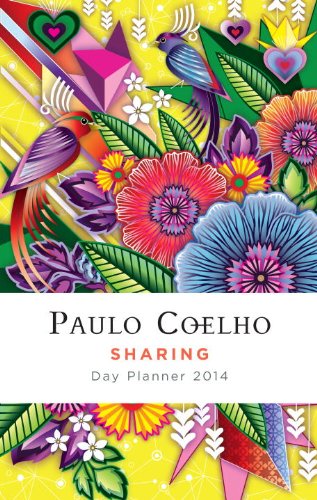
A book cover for Sharing: 2014 Coelho Calendar; Paulo Coelho; Calendars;